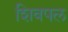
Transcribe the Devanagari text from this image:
शिवपल